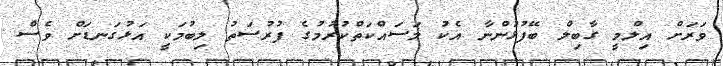
ވަރަށް އިލްމީ ގާބިލް ބޭފުޅުންނާ އެކު މަސައްކަތްކުރުމުގެ ފުރުސަތު ލިބުމަކީ އަޅުގަނޑަށް ވެސް